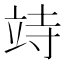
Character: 𥩳